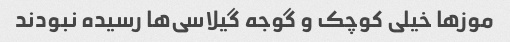
موزها خیلی کوچک و گوجه گیلاسی‌ها رسیده نبودند